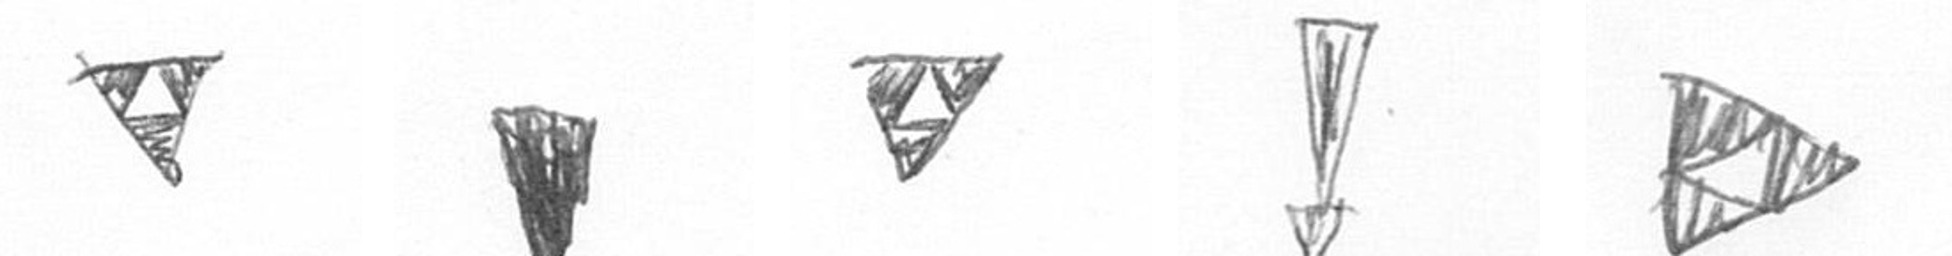
S J S Z K